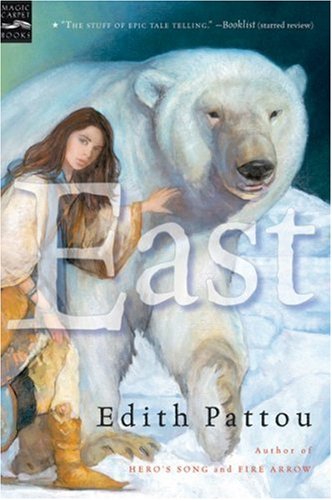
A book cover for East; Edith Pattou; Children's Books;